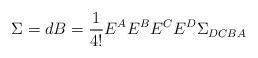
LaTeX: \begin{align*}\Sigma = dB = \frac{1}{4!}E^{A}E^{B}E^{C}E^{D}\Sigma_{DCBA}\end{align*}